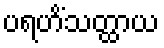
ပရဟိံသတ္ထာယ